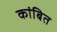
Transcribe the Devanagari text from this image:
कांबित